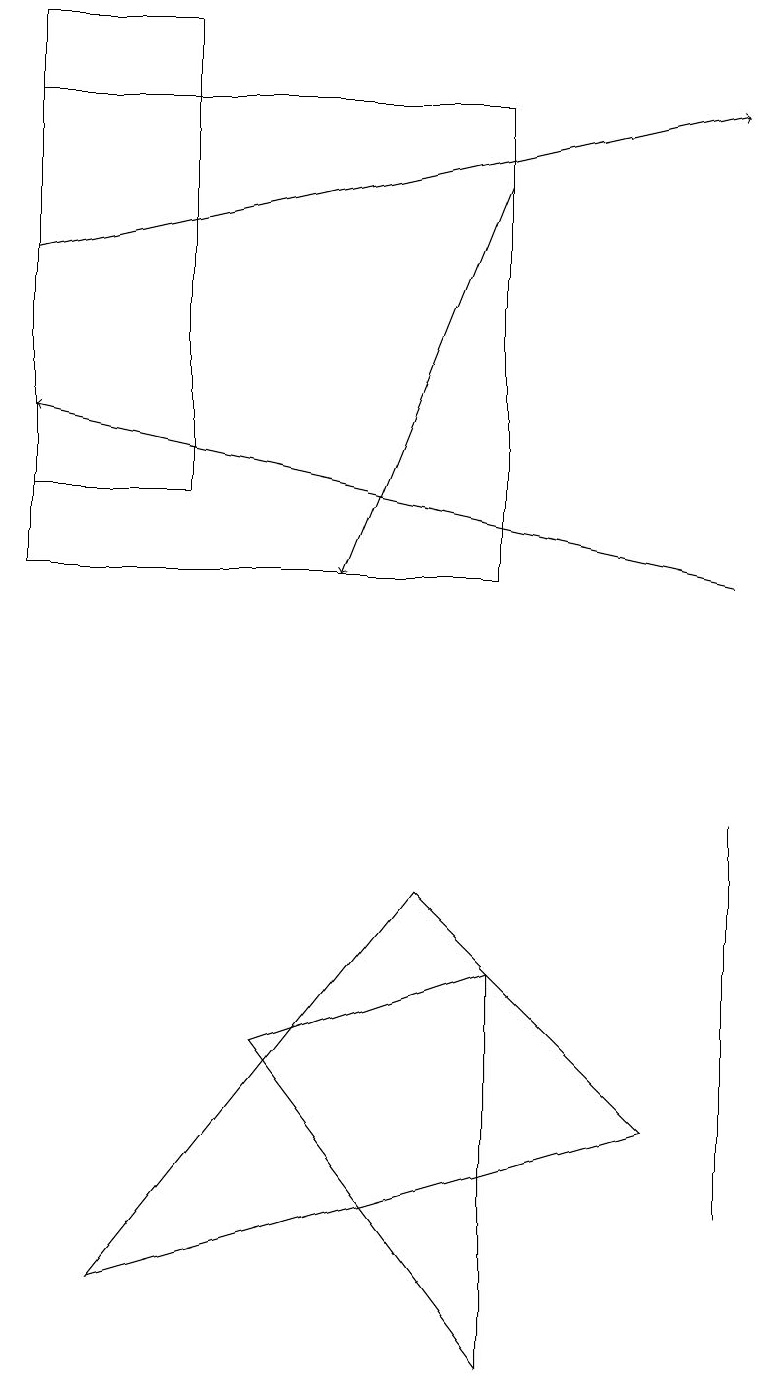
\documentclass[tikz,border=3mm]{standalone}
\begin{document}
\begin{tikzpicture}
\draw (5,6) -- (8,3) -- (1,1) -- cycle;
\draw[->] (9,10) -- (0,12);
\draw (6,5) -- (3,4) -- (6,0) -- cycle;
\draw (2,11) rectangle (0,17);
\draw (9,6) -- (9,2) -- (9,7) -- cycle;
\draw[->] (6,15) -- (4,10);
\draw[->] (0,14) -- (9,16);
\draw (6,16) rectangle (0,10);
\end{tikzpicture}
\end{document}